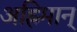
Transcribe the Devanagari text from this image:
अह्रिमान्